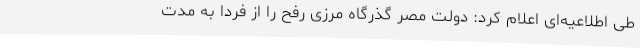
طی اطلاعیه‌ای اعلام کرد: دولت مصر گذرگاه مرزی رفح را از فردا به مدت